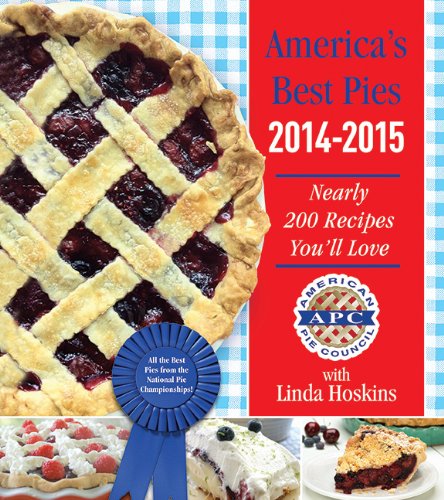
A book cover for America's Best Pies 2014-2015: Nearly 200 Recipes You'll Love; American Pie Council; Cookbooks, Food & Wine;